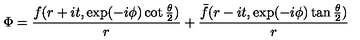
\Phi = { \frac { f ( r + i t , \exp ( - i \phi ) \cot { \frac { \theta } { 2 } } ) } { r } } + { \frac { \bar { f } ( r - i t , \exp ( - i \phi ) \tan { \frac { \theta } { 2 } } ) } { r } }